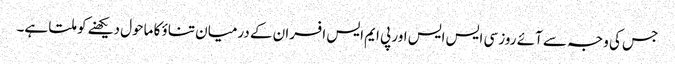
جس کی وجہ سے آئے روز سی ایس ایس اور پی ایم ایس افسران کے درمیان تناؤ کا ماحول دیکھنے کو ملتا ہے۔